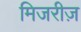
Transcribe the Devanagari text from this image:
मिजरीज़